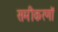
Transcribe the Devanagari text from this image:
समीकरणॉ